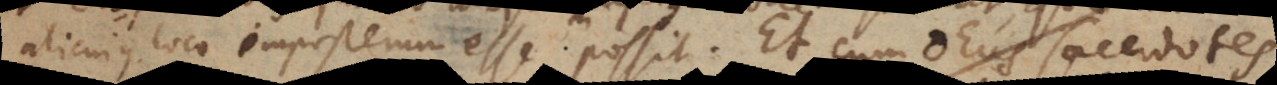
alicujus loco imposterum esse possit. Et cum Deus sacerdotes